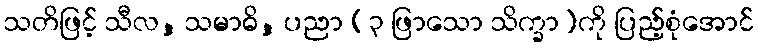
သတိဖြင့် သီလ, သမာဓိ, ပညာ (၃ ဖြာသော သိက္ခာ)ကို ပြည့်စုံအောင်